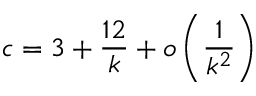
c = 3 + \frac { 1 2 } { k } + o \left( \frac { 1 } { k ^ { 2 } } \right)